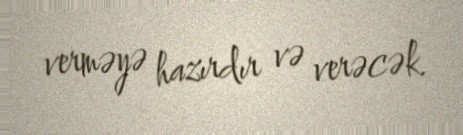
verməyə hazırdır və verəcək.